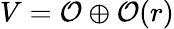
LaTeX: V={\cal{O}}\oplus{\cal{O}}(r)